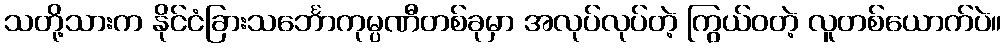
သတို့သားက နိုင်ငံခြားသင်္ဘောကုမ္ပဏီတစ်ခုမှာ အလုပ်လုပ်တဲ့ ကြွယ်ဝတဲ့ လူတစ်ယောက်ပဲ။